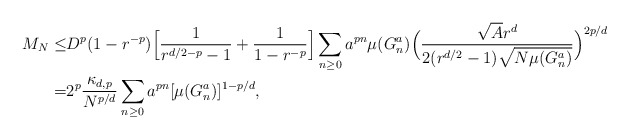
\begin{align*}M_N\leq & D^p(1-r^{-p})\Big[\frac1{r^{d/2-p}-1}+\frac1{1-r^{-p}}\Big]\sum_{n\geq 0}a^{pn} \mu(G^a_n) \Big(\frac{\sqrt A r^{d}}{2(r^{d/2}-1)\sqrt{N\mu(G_n^a)}}\Big)^{2p/d}\\=& 2^p \frac{\kappa_{d,p}}{N^{p/d}}\sum_{n\geq 0}a^{pn} [\mu(G^a_n)]^{1-p/d},\end{align*}